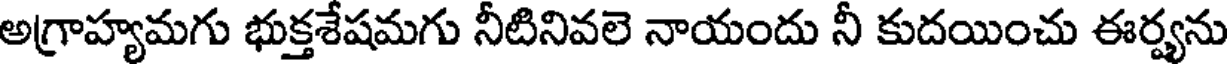
అగ్రాహ్యమగు భుక్తశేషమగు నీటినివలె నాయందు నీ కుదయించు ఈర్ష్యను